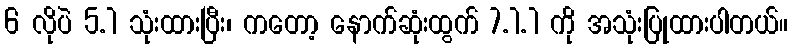
6 လိုပဲ 5.1 သုံးထားပြီး၊ ကတော့ နောက်ဆုံးထွက် 7.1.1 ကို အသုံးပြုထားပါတယ်။